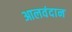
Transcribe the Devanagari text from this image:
आलवंदान